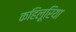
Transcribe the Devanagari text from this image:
कहिलूरिया